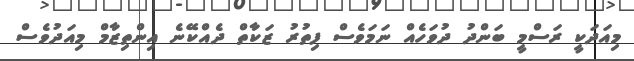
މިއަދަކީ ރަސްމީ ބަންދު ދުވަހެއް ނަމަވެސް ފިތުރު ޒަކާތް ދެއްކޭނެ އިންތިޒާމް މިއަދުވެސް